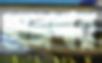
অনশ্বর